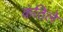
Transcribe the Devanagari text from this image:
कंठिले